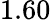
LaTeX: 1.60